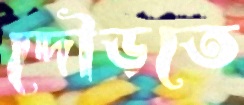
দৌড়তে